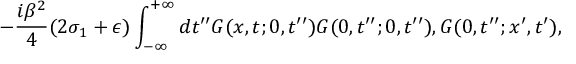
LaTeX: - \frac { i \beta ^ { 2 } } { 4 } ( 2 \sigma _ { 1 } + \epsilon ) \int _ { - \infty } ^ { + \infty } d t ^ { \prime \prime } G ( x , t ; 0 , t ^ { \prime \prime } ) G ( 0 , t ^ { \prime \prime } ; 0 , t ^ { \prime \prime } ) , G ( 0 , t ^ { \prime \prime } ; x ^ { \prime } , t ^ { \prime } ) ,